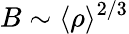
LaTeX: B\sim\langle\rho\rangle^{2/3}